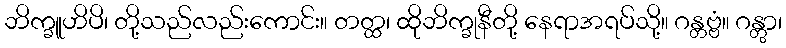
ဘိက္ခူဟိပိ၊ တို့သည်လည်းကောင်း။ တတ္ထ၊ ထိုဘိက္ခုနီတို့ နေရာအရပ်သို့။ ဂန္တဗ္ဗံ။ ဂန္တွာ၊